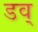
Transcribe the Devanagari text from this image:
डव्